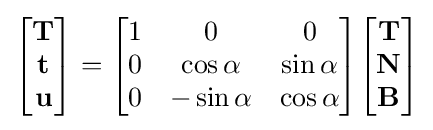
{\begin{bmatrix}\mathbf {T} \\\mathbf {t} \\\mathbf {u} \end{bmatrix}}={\begin{bmatrix}1&0&0\\0&\cos \alpha &\sin \alpha \\0&-\sin \alpha &\cos \alpha \end{bmatrix}}{\begin{bmatrix}\mathbf {T} \\\mathbf {N} \\\mathbf {B} \end{bmatrix}}